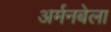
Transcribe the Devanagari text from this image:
अर्मनबेला